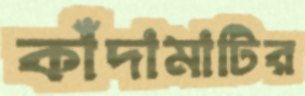
কাঁদামাটির